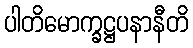
ပါတိမောက္ခဋ္ဌပနာနီတိ